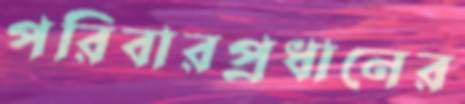
পরিবারপ্রধানের